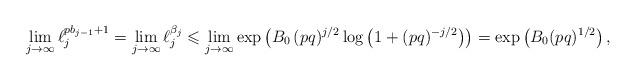
LaTeX: \begin{align*}\lim\limits_{j\rightarrow\infty}\ell_j^{pb_{j-1}+1}=\lim\limits_{j\rightarrow\infty}\ell_j^{\beta_j}\leqslant\lim\limits_{j\rightarrow\infty}\exp\left(B_0\,(pq)^{j/2}\log\left(1+(pq)^{-j/2}\right)\right)=\exp\left(B_0(pq)^{1/2}\right),\end{align*}